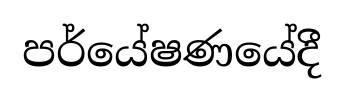
පර්යේෂණයේදී